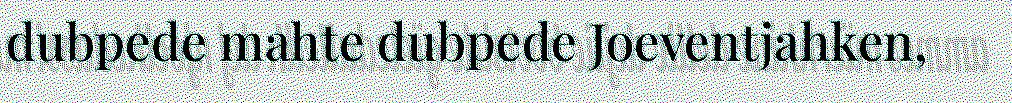
dubpede mahte dubpede Joeventjahken,